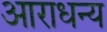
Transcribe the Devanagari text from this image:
आराधन्य